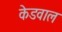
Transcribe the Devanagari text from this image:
केडवाल